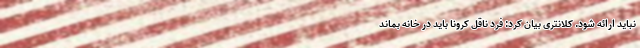
نباید ارائه شود. کلانتری بیان کرد: فرد ناقل کرونا باید در خانه بماند